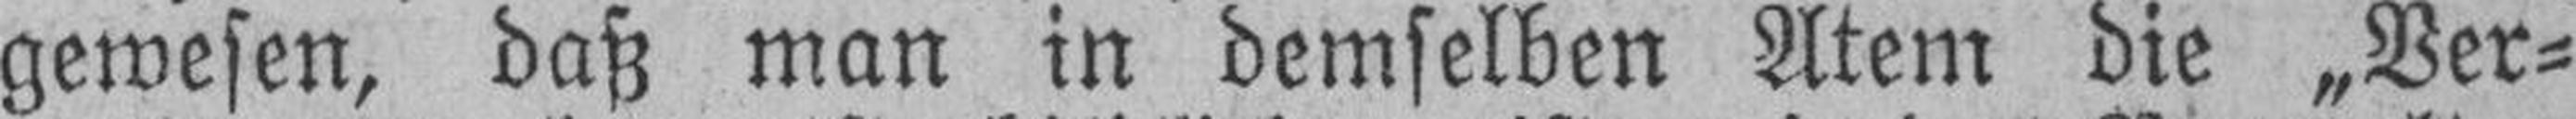
gewesen, daß man in demselben Atem die „Ver¬